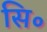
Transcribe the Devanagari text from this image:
सि॰